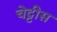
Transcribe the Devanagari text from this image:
चेट्टीस